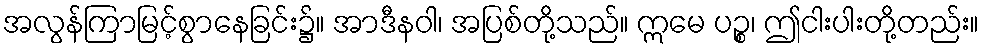
အလွန်ကြာမြင့်စွာနေခြင်း၌။ အာဒီနဝါ၊ အပြစ်တို့သည်။ ဣမေ ပဉ္စ၊ ဤငါးပါးတို့တည်း။